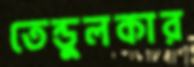
তেন্ডুলকার